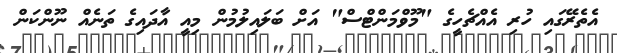
އެތެރޭގައި ހުރި އެއްޗެހީގެ "މޫވްމަންޓްސް" އަށް ބަލައިލުމުން މިއީ އާދައިގެ ތަނެއް ނޫންކަން